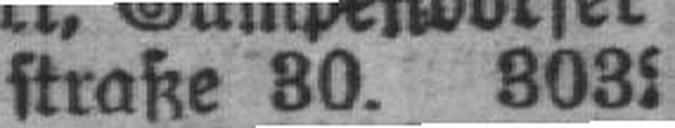
straße 30. 3032